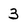
Character: 3